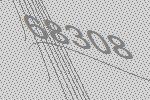
68308